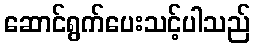
ဆောင်ရွက်ပေးသင့်ပါသည်